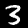
Label: 3